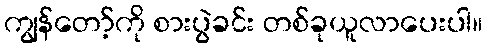
ကျွန်တော့်ကို စားပွဲခင်း တစ်ခုယူလာပေးပါ။